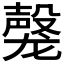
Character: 𬺝